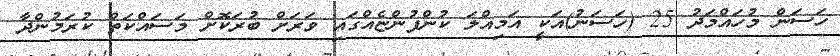
ހަސަން މުހައްމަދު 25 (ހަސަނު)އަކީ އަމިއްލަ ކުންފުންޏެއްގައި ވަރަށް ބުރަކޮށް މަސައްކަތް ކުރަމުންދާ